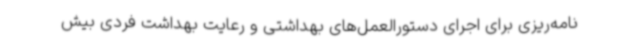
نامه‌ریزی برای اجرای دستورالعمل‌های بهداشتی و رعایت بهداشت فردی بیش